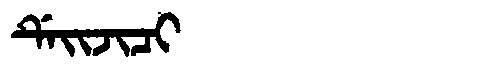
Manchu: ᡩᡝᡳᠵᡳᠴᡳ
Romanization: DEIJICI